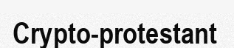
Crypto-protestant